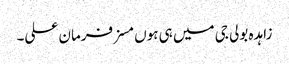
زاہدہ بولی جی میں ہی ہوں مسز فرمان علی۔